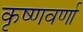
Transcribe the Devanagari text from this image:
कृष्णवर्णा